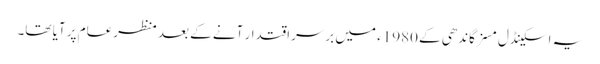
یہ اسکینڈل مسز گاندھی کے 1980ء میں برسراقتدار آنے کے بعد منظرعام پر آیا تھا۔